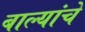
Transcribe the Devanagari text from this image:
बाल्यांचे